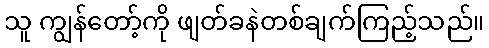
သူ ကျွန်တော့်ကို ဖျတ်ခနဲတစ်ချက်ကြည့်သည်။